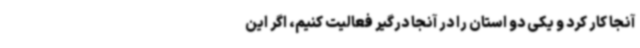
آنجا کار کرد و یکی دو استان را در آنجا درگیر فعالیت کنیم، اگر این